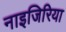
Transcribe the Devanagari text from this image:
नाइजिरिया